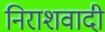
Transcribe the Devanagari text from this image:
निराशवादी